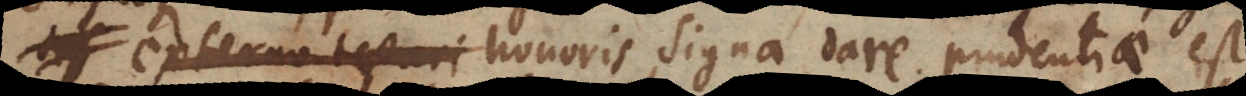
perpetua honoris signa dare; prudentiae est